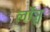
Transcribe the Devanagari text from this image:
लॉञ्च